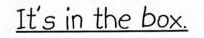
\underline{It's in the box. }